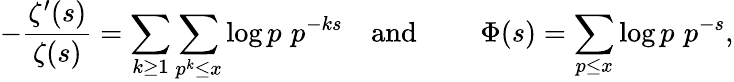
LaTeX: -{\frac{\zeta^{\prime}(s)}{\zeta(s)}}=\sum_{k\geq 1}\sum_{p^{k}\leq x}\log p\, \, p^{-ks}\quad{\mathrm{and~}}\quad\quad\Phi(s)=\sum_{p\leq x}\log p\, \, p^{-s},